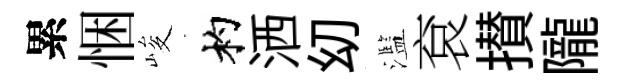
累悃峻杓洒㓜濫袞攅隴